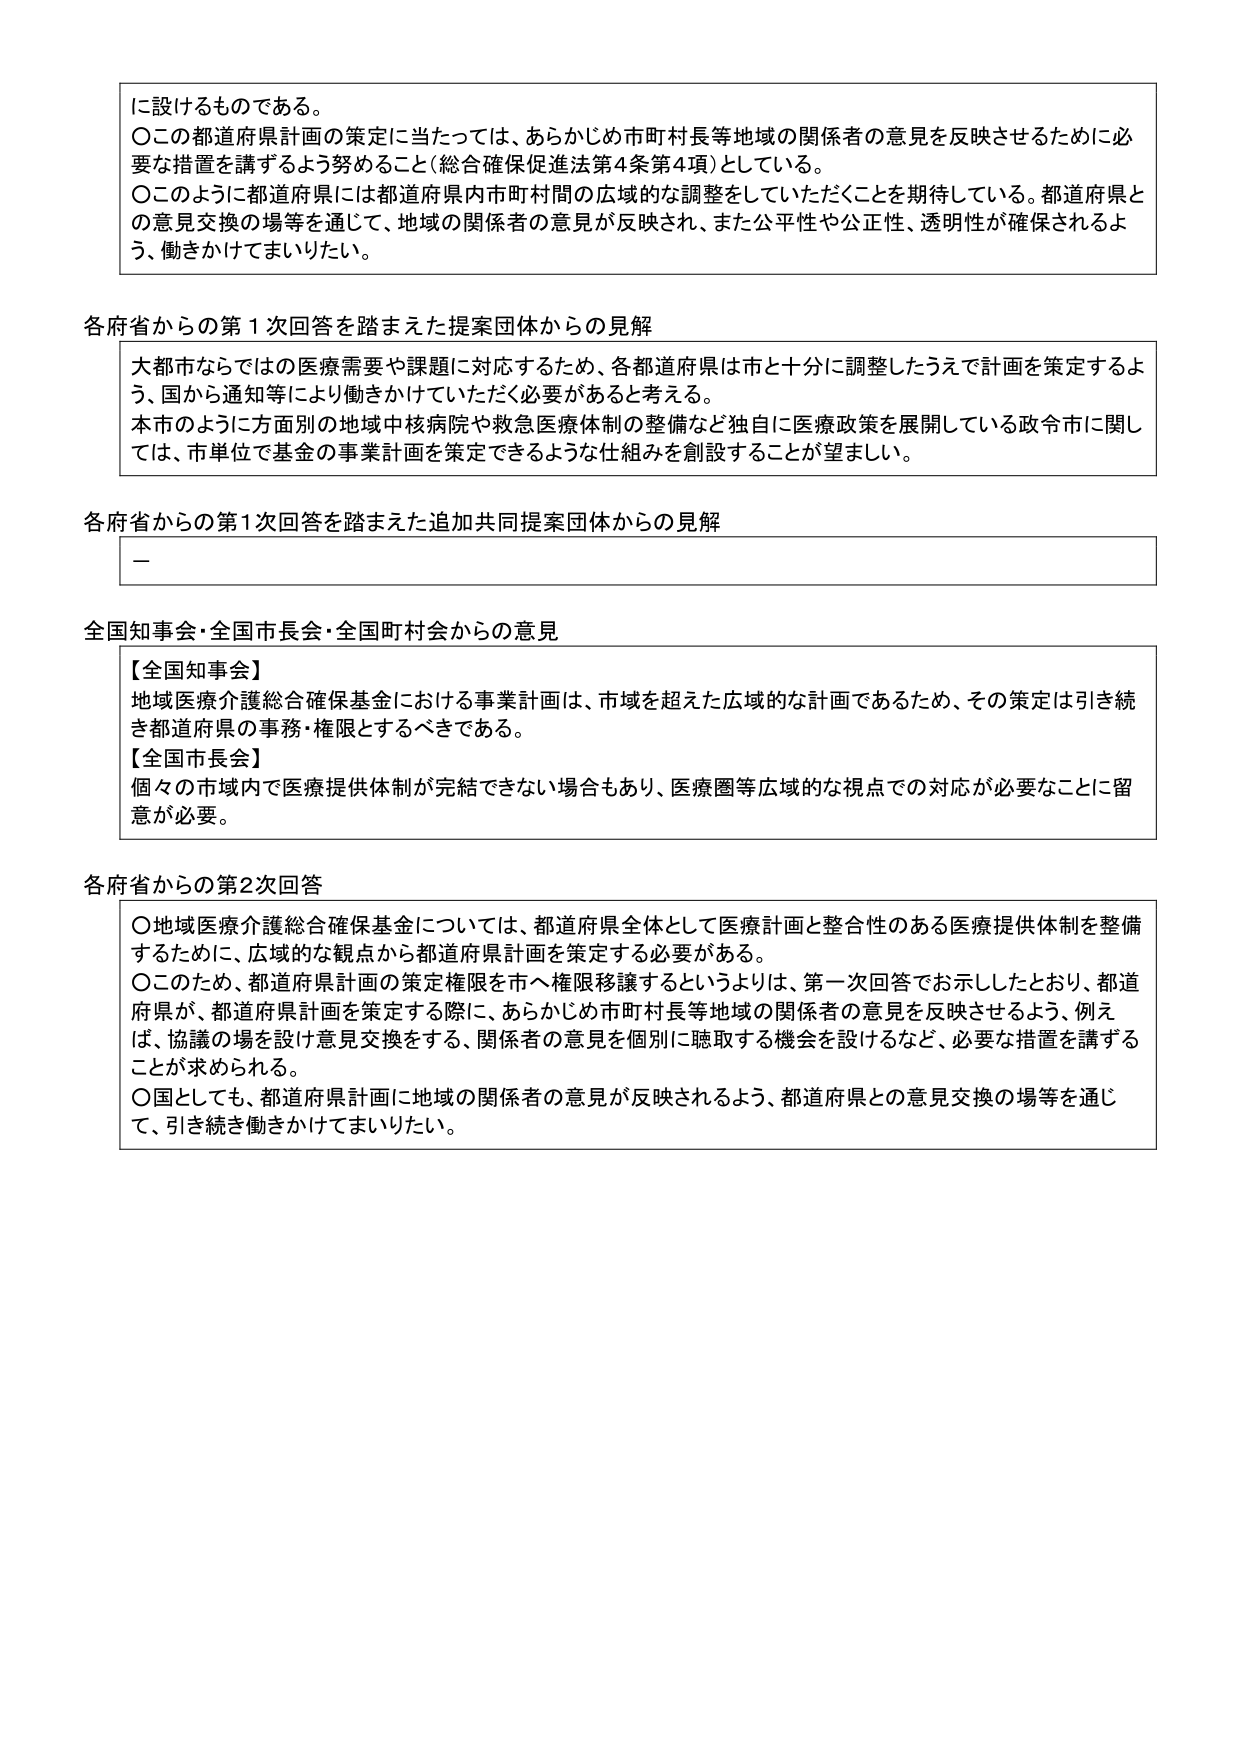
に設けるものである。
〇この都道府県計画の策定に当たっては、あらかじめ市町村長等地域の関係者の意見を反映させるために必要な措置を講ずるよう努めること（総合確保促進法第4条第4項）としている。
〇このように都道府県には都道府県内市町村間の広域的な調整をしていただくことを期待している。都道府県との意見交換の場等を通じて、地域の関係者の意見が反映され、また公平性や公正性、透明性が確保されるよう、働きかけてまいりたい。

各府省からの第1次回答を踏まえた提案団体からの見解
大都市ならではの医療需要や課題に対応するため、各都道府県は市と十分に調整したうえで計画を策定するよう、国から通知等により働きかけていただく必要があると考える。
本市のように方面別の地域中核病院や救急医療体制の整備など独自に医療政策を展開している政令市に関しては、市単位で基金の事業計画を策定できるような仕組みを創設することが望ましい。

各府省からの第1次回答を踏まえた追加共同提案団体からの見解
－

全国知事会・全国市長会・全国町村会からの意見
【全国知事会】
地域医療介護総合確保基金における事業計画は、市域を超えた広域的な計画であるため、その策定は引き続き都道府県の事務・権限とするべきである。
【全国市長会】
個々の市域内で医療提供体制が完結できない場合もあり、医療圏等広域的な視点での対応が必要なことに留意が必要。

各府省からの第2次回答
〇地域医療介護総合確保基金については、都道府県全体として医療計画と整合性のある医療提供体制を整備するために、広域的な観点から都道府県計画を策定する必要がある。
〇このため、都道府県計画の策定権限を市へ権限移譲するというよりは、第一次回答でお示ししたとおり、都道府県が、都道府県計画を策定する際に、あらかじめ市町村長等地域の関係者の意見を反映させるよう、例えば、協議の場を設け意見交換をする、関係者の意見を個別に聴取する機会を設けるなど、必要な措置を講ずることが求められる。
〇国としても、都道府県計画に地域の関係者の意見が反映されるよう、都道府県との意見交換の場等を通じて、引き続き働きかけてまいりたい。